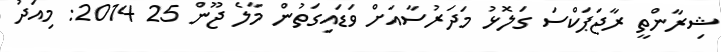
ޝިރާންތީ ރާޖަޕަކްސަ ގަލޮޅު މަދަރުސާއަށް ވަޑައިގަތުން މާލެ ޖޫން 25 2014: މިއަދު